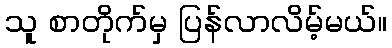
သူ စာတိုက်မှ ပြန်လာလိမ့်မယ်။